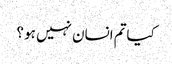
کیاتم انسان نہیں ہو ؟